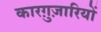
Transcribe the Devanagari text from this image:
कारग़ुज़ारियों